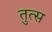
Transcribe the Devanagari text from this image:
तुत्स